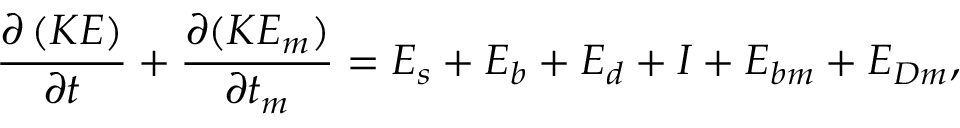
\frac { \partial \left( K E \right) } { \partial t } + \frac { \partial ( K E _ { m } ) } { \partial t _ { m } } = E _ { s } + E _ { b } + E _ { d } + I + E _ { b m } + E _ { D m } ,